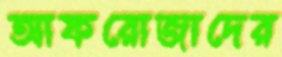
আফরোজাদের